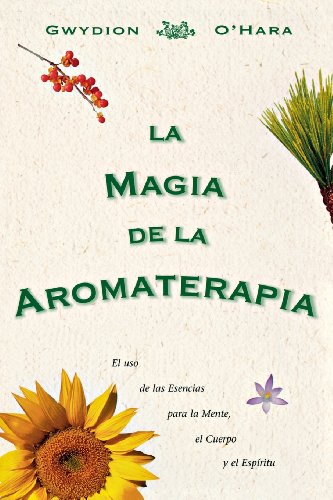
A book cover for La magia de la aromaterapia: El uso de las esencias para  la mente, el cuerpo y el espiritu (Spanish Edition); Gwydion O'Hara; Health, Fitness & Dieting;